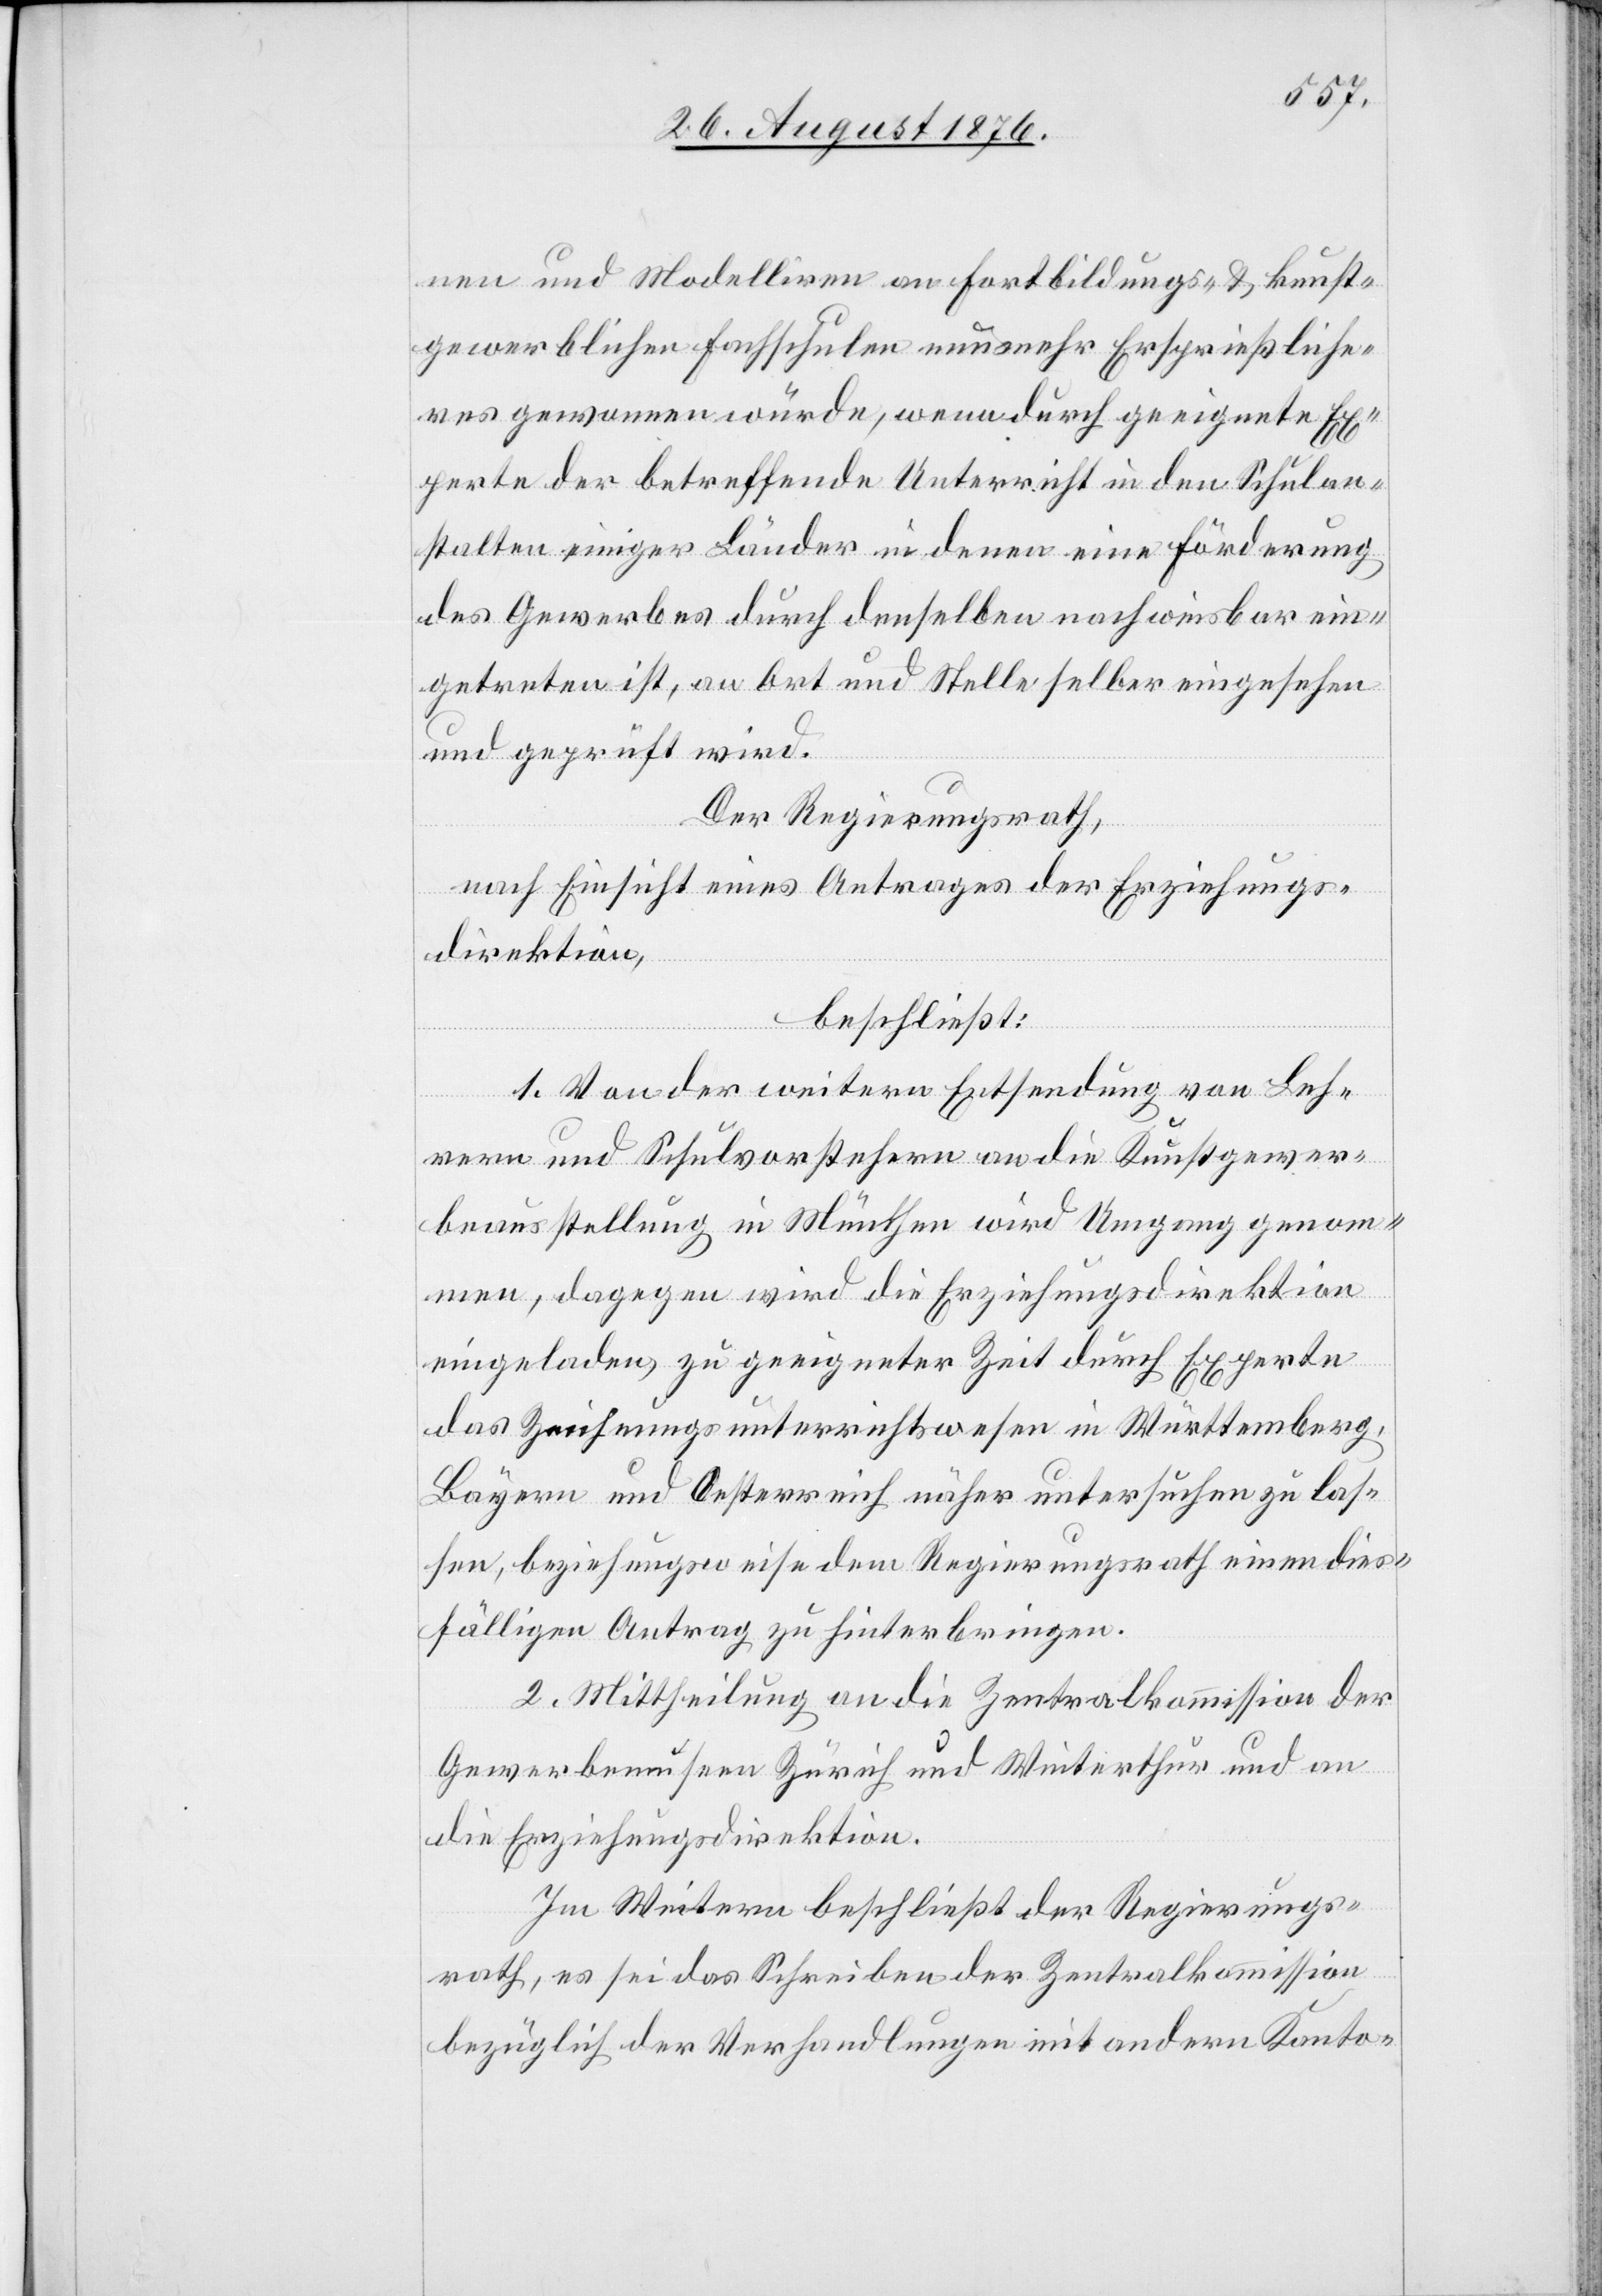
nen und Modelliren an Fortbildungs- & kunst¬
gewerblichen Fachschulen nunmehr Ersprießliche¬
res gewonnen würde, wenn durch geeignete Ex¬
perte[n] der betreffende Unterricht in den Schulan¬
stalten einiger Länder in denen eine Förderung
des Gewerbes durch denselben nachweisbar ein¬
getreten ist, an Ort und Stelle selber eingesehen
und geprüft wird.
Der Regierungsrath,
nach Einsicht eines Antrages der Erziehungs¬
direktion,
beschließt:
1. Von der weitern Entsendung von Leh¬
rern und Schulvorstehern an die Kunstgewer¬
beausstellung in München wird Umgang genom¬
men, dagegen wird die Erziehungsdirektion
eingeladen, zu geeigneter Zeit durch Experte[n]
das Zeichnungsunterrichtswesen in Württemberg,
Bayern und Oesterreich näher untersuchen zu las¬
sen, beziehungsweise dem Regierungsrath einen dies¬
fälligen Antrag zu hinterbringen.
2. Mittheilung an die Zentralkommission der
Gewerbemuseen Zürich und Winterthur und an
die Erziehungsdirektion.
Im Weitern beschließt der Regierungs¬
rath, es sei das Schreiben der Zentralkommission
bezüglich der Verhandlungen mit andern Kanto-